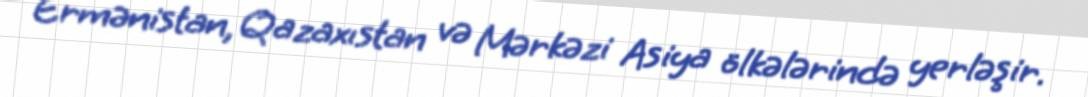
Ermənistan, Qazaxıstan və Mərkəzi Asiya ölkələrində yerləşir.